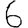
Digit: 6